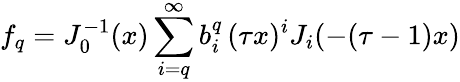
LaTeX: f_{q}=J_{0}^{-1}(x)\sum_{i=q}^{\infty}b_{i}^{q}\, (\tau x)^{i}J_{i}(-(\tau-1)x)